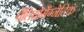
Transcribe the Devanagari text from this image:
पैलियोमैग्नेटिक